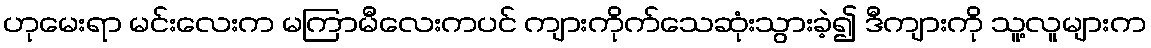
ဟုမေးရာ မင်းလေးက မကြာမီလေးကပင် ကျားကိုက်သေဆုံးသွားခဲ့၍ ဒီကျားကို သူ့လူများက